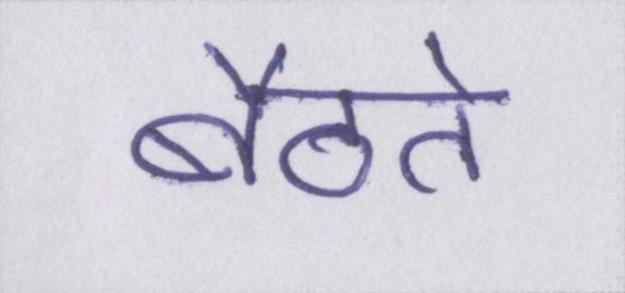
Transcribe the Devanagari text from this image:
बैठते